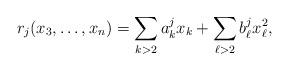
LaTeX: \begin{align*}r_j(x_3,\dots,x_n) = \sum_{k>2} a_k^j x_k + \sum_{\ell>2} b_\ell^j x_\ell^2,\end{align*}